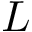
L